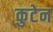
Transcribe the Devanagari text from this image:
कुटेन